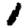
Digit: 1